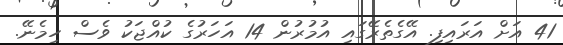
41 އަށް އަރައިފި. އޭގެތެރޭގައި އުމުރުން 14 އަހަރުގެ ކުއްޖަކު ވެސް ހިމެނޭ.